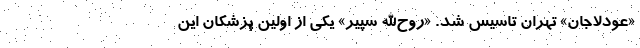
«عودلاجان» تهران تاسیس شد. «روح‌‌‌الله سپیر» یکی از اولین پزشکان این